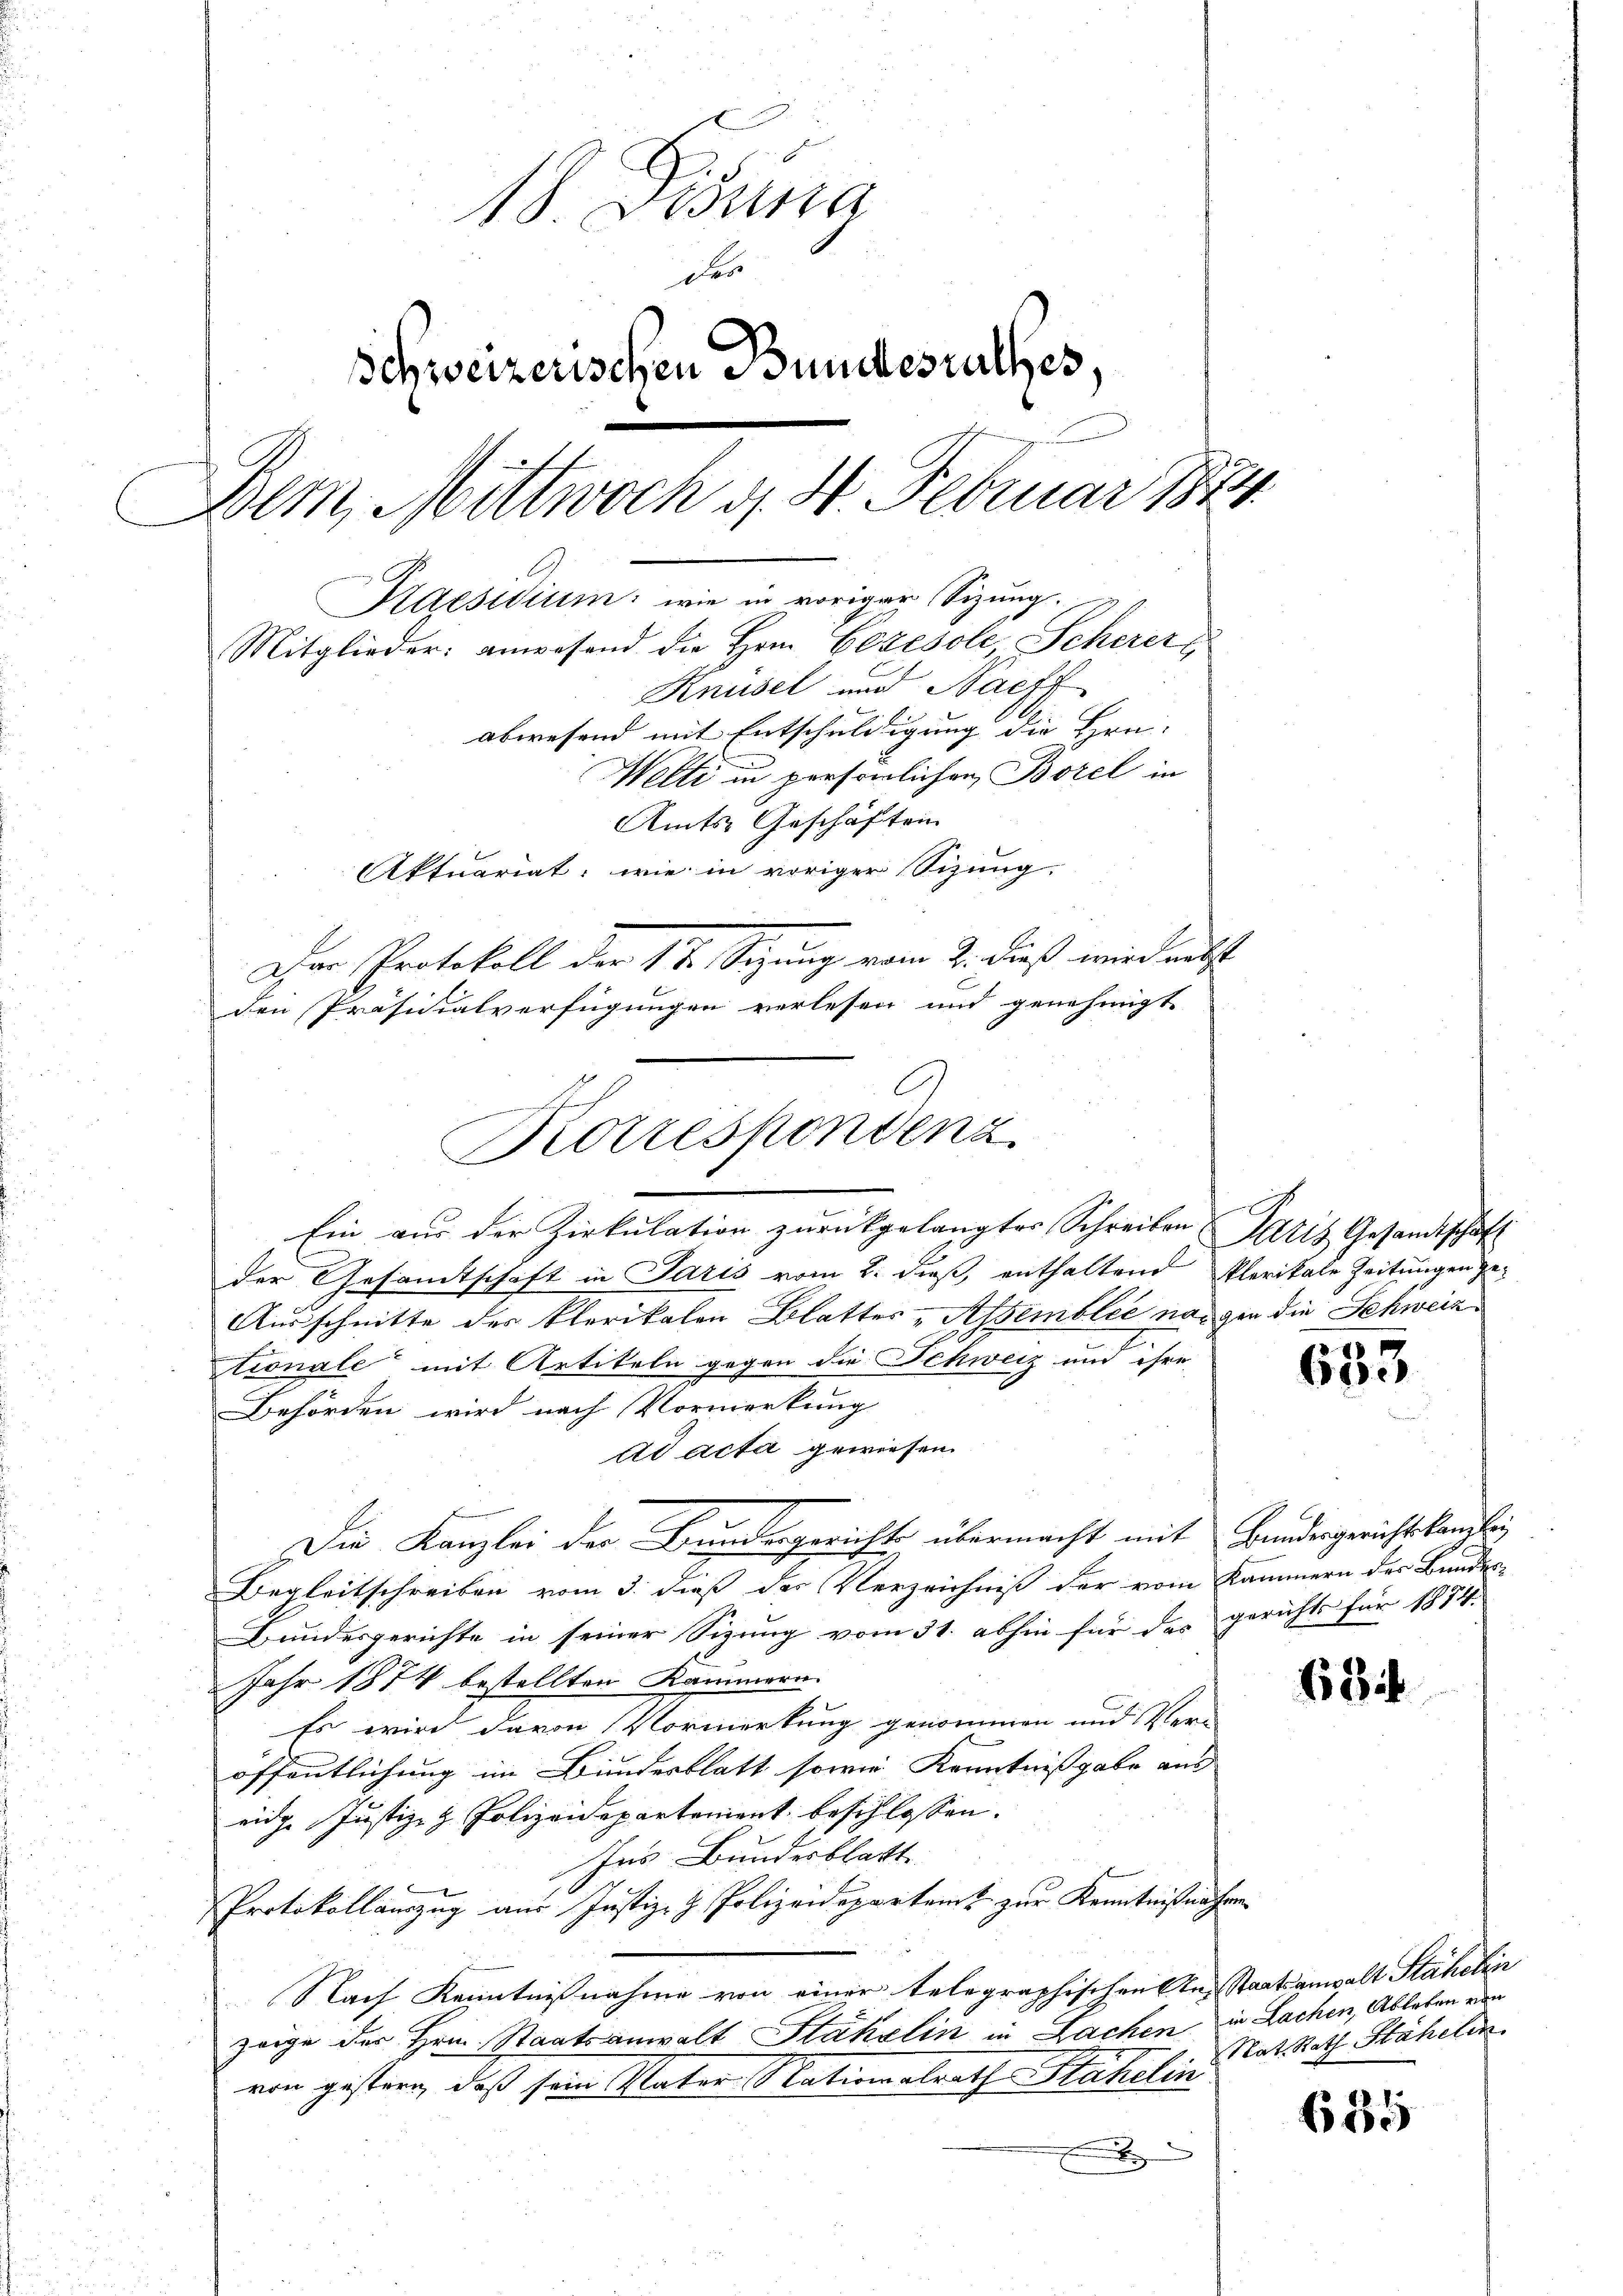
18. Desina
des
Schweizerischen Bundesrathes,
Dem, Mittwoch d. 4. Februar 1874.
Kaesidium: wie in voriger Sitzung.
Mitglieder: anwesend die Hern. Gezesole Scherers
Knüsel und Nachf
abwesend mit Entschuldigung die Hrn.
Welti in persönlichen Borel in
Amts-Geschäften
Aktuariat: wie in voriger Sizung.
Der Protokoll der 17. Sizung vom 2. dieß wird nebst
den Präsidialverfügungen verlesen und genehmigt.

Rotrespondenz

Ein aus der Zirkulation zurückgelangter Schreiben Satis Gesandtschäft
der Gesamtschaft in Paris vom 2. dieß, enthaltend Plerikale Zeitungen ge¬
Ausschnitte des Klerikalen Blatter-Assemblée nangen die Schweiz
tionale mit Artikeln gegen die Schweiz und ihre
Behörden wird nach Vormerkung
ad acta gewiesen.
Die Kanzlei der Bundesgerichts übermacht mit Bundesgerichtskanzlei
Begleitschreiben vom 3. dieß der Verzeichniß der vom Kammern des Bundes-
Bundesgerichte in seiner Sizung vom 31. abhin für des gerichts für 1874.
Jahr 1874 bestellten Kammern.
Es wird davon Vormerkung genommen und Ver-
öffentlichung im Bundesblatt sowie Kenntnißgabe aus
eidg. Justiz- & Polizeidepartement beschlossen.
Ins Bundesblatt
Protokollauszug aus Justiz- & Polizeidepartamt zur Kenntnißnahme
Nach Kenntnißnahme von einer telegraphischen An Staatsanwalt Stähelin
zeige der Hrn. Staatsanwalt Stakelin in Lachen in Lachen, Ableben von
von gestern, daß sein Vater Nationalrath Stahelin

633

68

Rat. Rath Stähelin

685